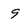
Character: 9